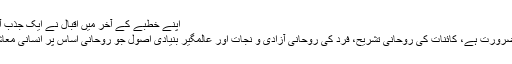
اپنے خطبے کے آخر میں اقبال نے ایک جذب آفریں کیفیت میں یہ بات کہی ہے:
’’ آج انسانیت کو تین چیزوں کی ضرورت ہے، کائنات کی روحانی تشریح، فرد کی روحانی آزادی و نجات اور عالمگیر بنیادی اصول جو روحانی اساس پر انسانی معاشرہ کے ارتقاء کی رہنمائی کریں۔